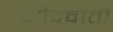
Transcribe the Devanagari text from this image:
गोदवाती